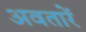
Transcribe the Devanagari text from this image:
अवतारें